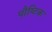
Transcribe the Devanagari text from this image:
पौष्‍िटक